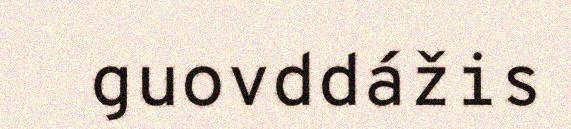
guovddážis